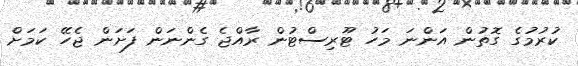
ކުރުމުގެ ގޮތުން އަންނަ މަހު ޓޫރިސްޓުން ރާއްޖެ ގެންނަން ފަށަން ޖެހޭ ކަމަށް